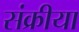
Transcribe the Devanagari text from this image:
संक्रीया